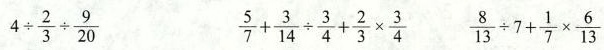
$$4 \div \frac { 2 } { 3 } \div \frac { 9 } { 2 0 }$$ $$\frac { 5 } { 7 } + \frac { 3 } { 1 4 } \div \frac { 3 } { 4 } + \frac { 2 } { 3 } \times \frac { 3 } { 4 }$$ $$\frac { 8 } { 1 3 } \div 7 + \frac { 1 } { 7 } \times \frac { 6 } { 1 3 }$$